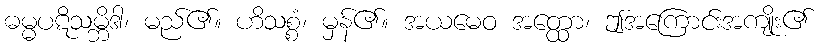
ဓမ္မပဋိသမ္ဘိဒါ၊ မည်၏။ ဟိသစ္စံ၊ မှန်၏။ အယမေဝ အတ္ထော၊ ဤအကြောင်းအကျိုး၏